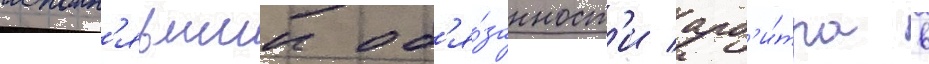
исполн'явшии об'я́занност'и арб'и́тра в